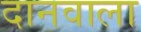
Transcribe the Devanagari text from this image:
दानवाला